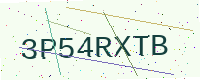
Text: 3P54RXTB